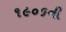
૧૯૦૬ની